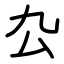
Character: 厹